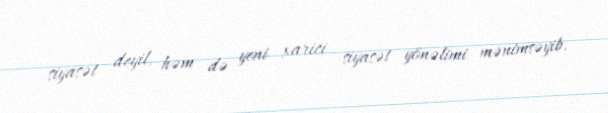
siyasət deyil, həm də yeni xarici siyasət yönəlimi mənimsəyib.